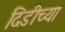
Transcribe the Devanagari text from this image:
दिडीच्या